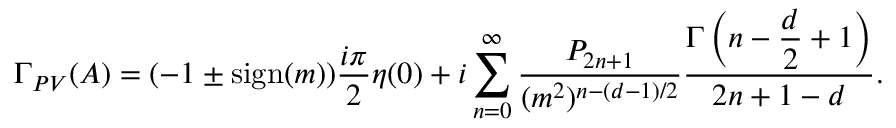
\Gamma _ { P V } ( A ) = ( - 1 \pm \mathrm { s i g n } ( m ) ) \frac { i \pi } { 2 } \eta ( 0 ) + i \sum _ { n = 0 } ^ { \infty } \frac { P _ { 2 n + 1 } } { ( m ^ { 2 } ) ^ { n - ( d - 1 ) / 2 } } \frac { \Gamma \left( n - \displaystyle { \frac { d } { 2 } } + 1 \right) } { 2 n + 1 - d } .